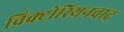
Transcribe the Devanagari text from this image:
विक्टोरियनवाद